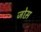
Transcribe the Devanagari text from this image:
जोस़